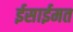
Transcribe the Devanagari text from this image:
ईसाईमत